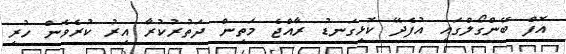
އޮފް ބޭންގޯލްގައި އުފެދޭ ކޮޅިގަނޑު ރާއްޖެ މަތިން ދަތުރުކުރާ އިރު ކުރެވެން ހުރި